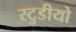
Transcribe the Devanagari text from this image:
स्टुडीयो